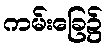
ကမ်းခြေ၌